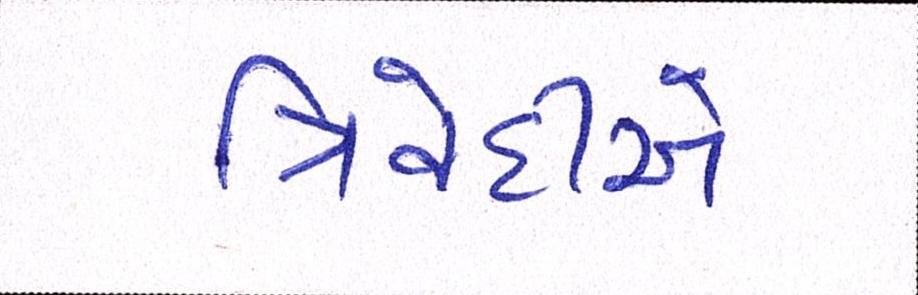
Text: ત્રિવેદીએ